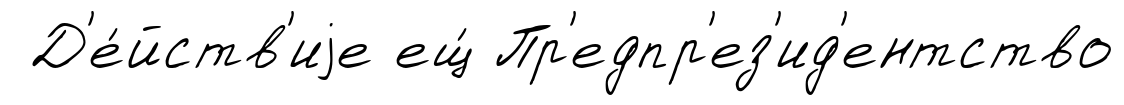
Д'е́йств'иjе ещ́ Пр'едпр'ез'ид'ентство